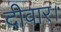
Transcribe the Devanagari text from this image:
दीवार।